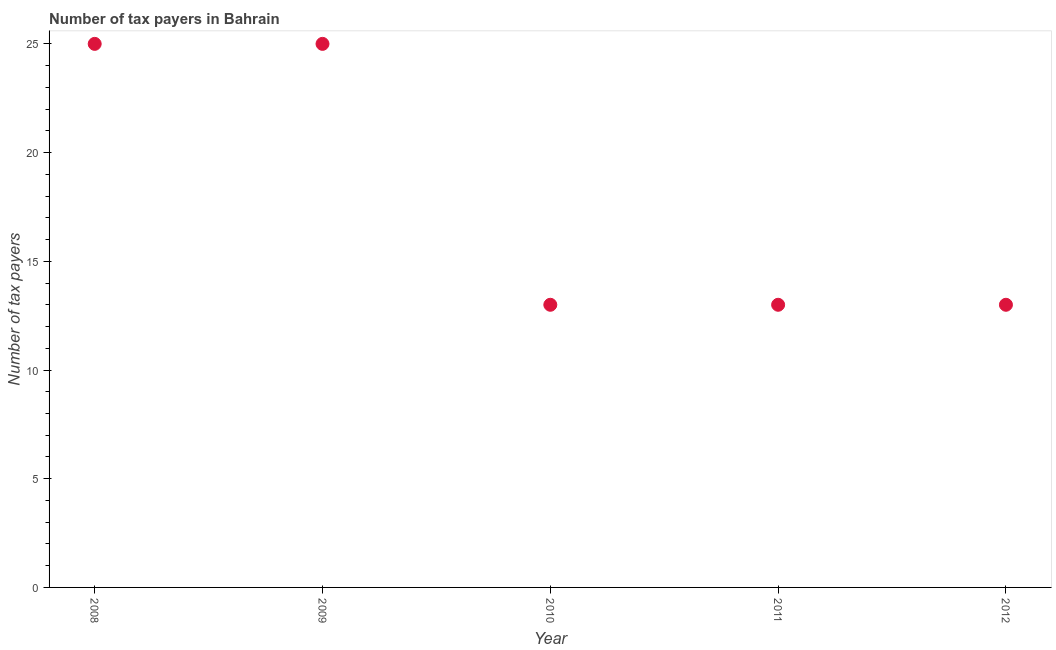
| Year | Tax payments |
 | --- | --- |
 | 2008 | 25 |
 | 2009 | 25 |
 | 2010 | 13 |
 | 2011 | 13 |
 | 2012 | 13 |